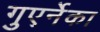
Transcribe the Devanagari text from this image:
गुएर्नेका